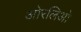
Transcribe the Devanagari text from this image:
ओरलिओ